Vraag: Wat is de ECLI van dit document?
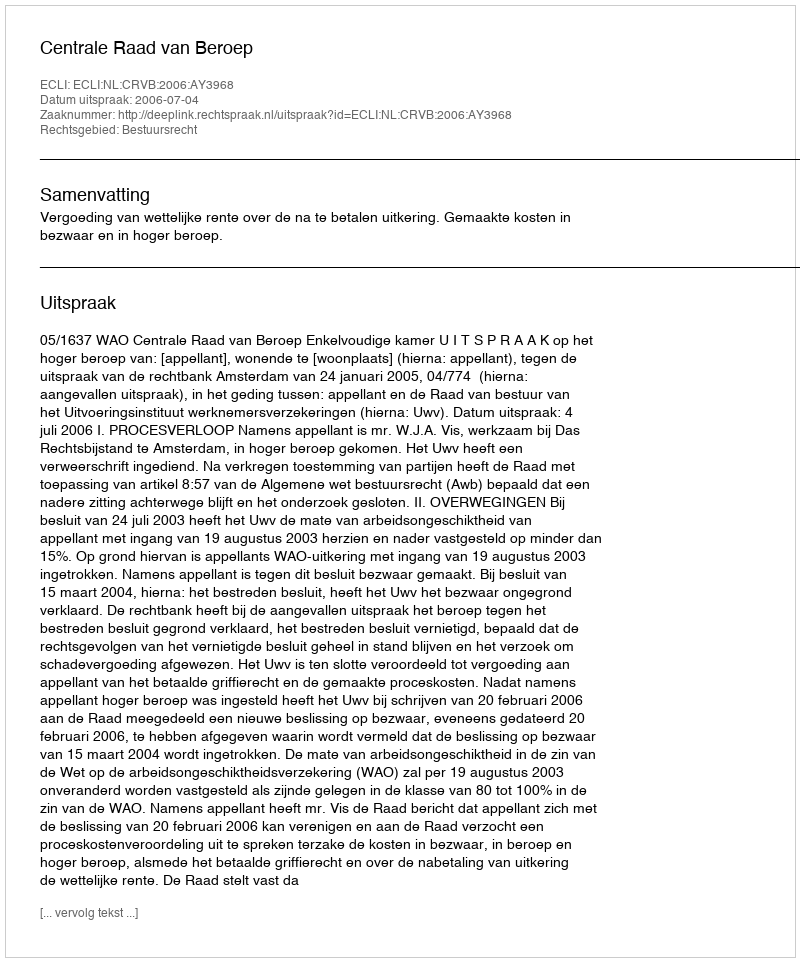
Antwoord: ECLI:NL:CRVB:2006:AY3968